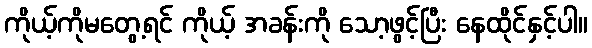
ကိုယ့်ကိုမတွေ့ရင် ကိုယ့် အခန်းကို သော့ဖွင့်ပြီး နေထိုင်နှင့်ပါ။